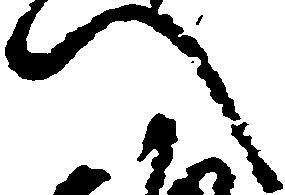
へ